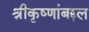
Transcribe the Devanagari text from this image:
श्रीकृष्णांबद्दल